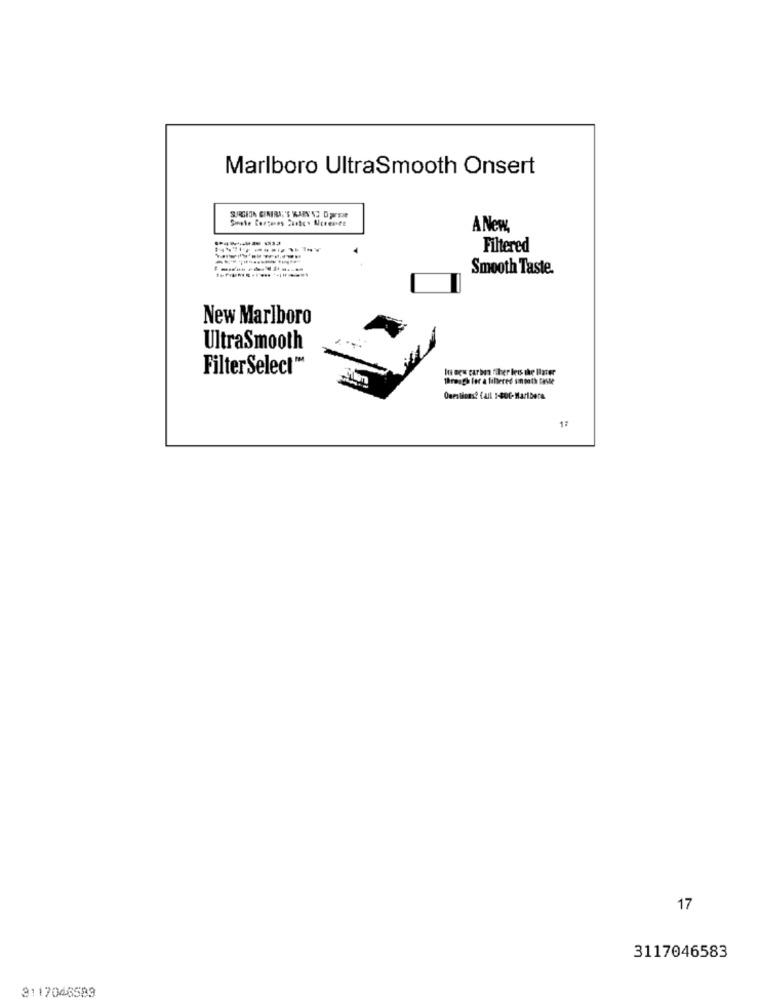
Marlboro UltraSmooth Onsert
SUURGETA GENERAL'S WARN SZ DprTe
A New
Filtered
Smooth Taste.
New Marlboro
UltraSmooth
FilterSelect™
Its egu carbon fiber less the liarer
Through for a finered smooth Delle
Questions? fall :- 800-Maribere.
17
17
3117046583
3117046583